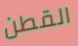
القطن